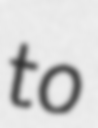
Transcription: to